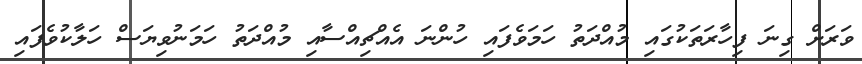
ވަރަށް ގިނަ ފިހާރަތަކުގައި މުއްދަތު ހަމަވެފައި ހުންނަ އެއްޗިއްސާއި މުއްދަތު ހަމަނުވިޔަސް ހަލާކުވެފައި